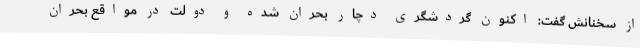
از سخنانش گفت: اکنون گردشگری دچار بحران شده و دولت در مواقع بحران